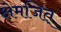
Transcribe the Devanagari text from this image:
क्षेमजित्